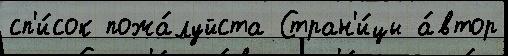
сп'и́сок пожа́луйста Стран'и́цы а́втор